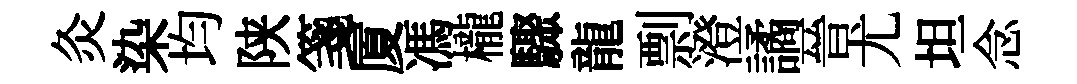
灸染均陕箋厦馮櫳驟龍剽澄譎晉尤坦念